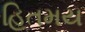
હિતમય